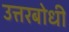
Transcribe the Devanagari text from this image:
उत्तरबोधी